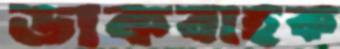
ডাকবাহক